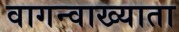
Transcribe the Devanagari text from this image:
वागन्वाख्याता